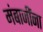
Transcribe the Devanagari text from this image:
मंबाजींना